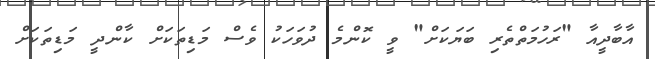
އާބާދީއާ "ރަހުމަތްތެރި ބަޔަކަށް" ވީ ކޮންމެ ދުވަހަކު ވެސް މަޑިތަކަށް ކާންދީ މަޑިތަކަށް